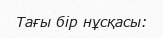
Тағы бір нұсқасы: